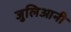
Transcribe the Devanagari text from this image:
जुलिआनी